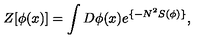
Z [ \phi ( x ) ] = \int D \phi ( x ) e ^ { \{ - N ^ { 2 } S ( \phi ) \} } ,